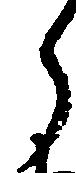
ら